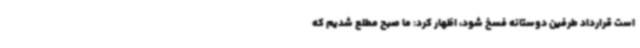
است قرارداد طرفین دوستانه فسخ شود، اظهار کرد: ما صبح مطلع شدیم که